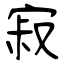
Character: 寂